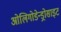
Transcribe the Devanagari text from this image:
ओलिगोडेन्ड्रोसाइट